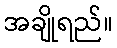
အချိုရည်။